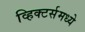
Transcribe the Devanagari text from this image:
व्हिक्टर्समध्ये